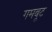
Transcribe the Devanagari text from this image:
गमबूट